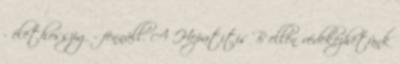
- élethosszig - fennáll. A Hepatitis B ellen védekezhetünk